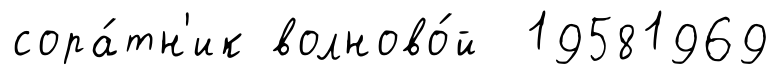
сора́тн'ик волново́й 19581969